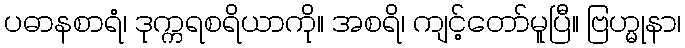
ပဓာနစာရံ၊ ဒုက္ကရစရိယာကို။ အစရိ၊ ကျင့်တော်မူပြီ။ ဗြဟ္မုနာ၊